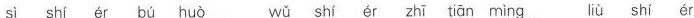
sì shí ét bú huò wǔ shí ér zhi tian ming liù shí ér